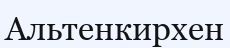
Альтенкирхен